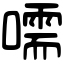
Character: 嚅